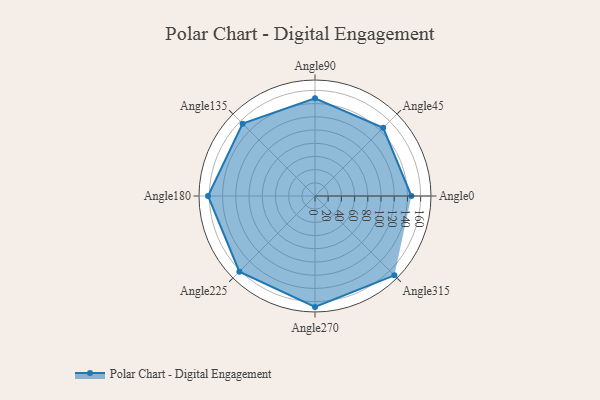
{"axis": {"x": "Angle", "y": "Radius"}, "legend": [""], "data": [{"x": "Angle0", "y": 146.0, "type": ""}, {"x": "Angle45", "y": 146.0, "type": ""}, {"x": "Angle90", "y": 148.0, "type": ""}, {"x": "Angle135", "y": 155.0, "type": ""}, {"x": "Angle180", "y": 162.0, "type": ""}, {"x": "Angle225", "y": 162.0, "type": ""}, {"x": "Angle270", "y": 168.0, "type": ""}, {"x": "Angle315", "y": 170, "type": ""}]}